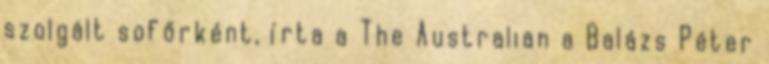
szolgált sofőrként, írta a The Australian a Balázs Péter